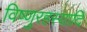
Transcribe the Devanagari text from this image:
विष्णुरहस्यादि